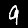
Digit: 9